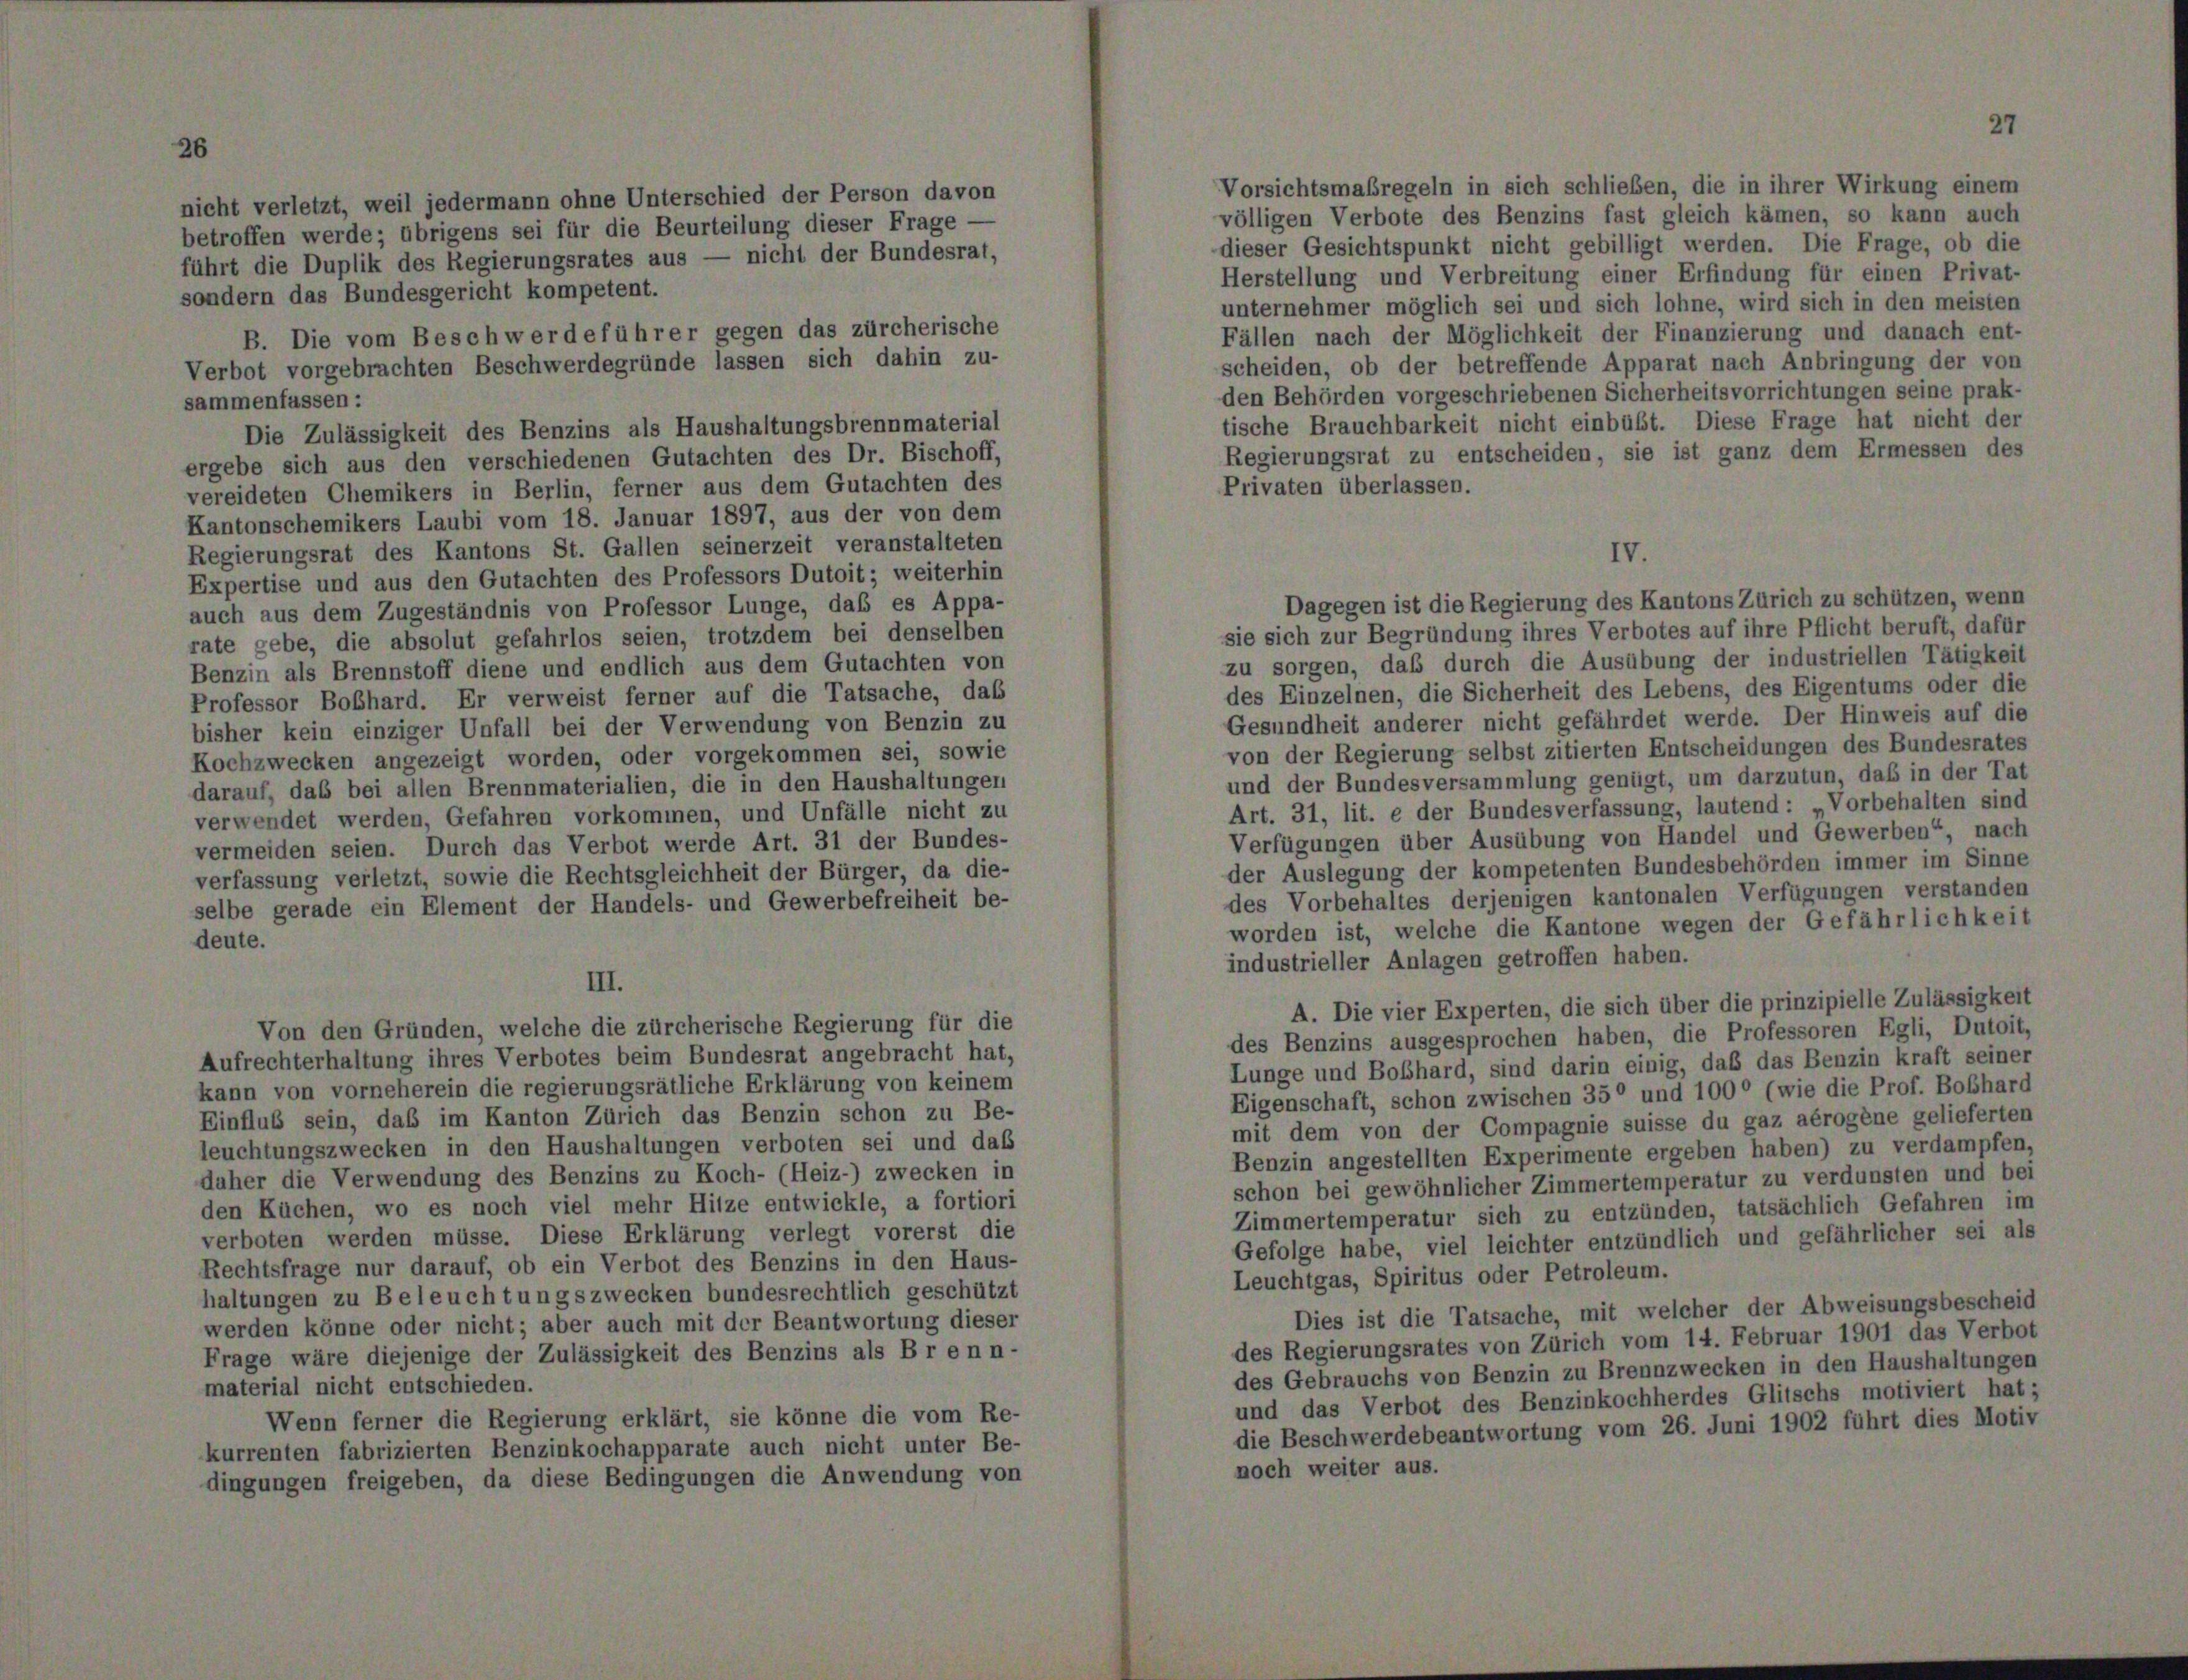
Vorsichtsmaßregeln in sich schließen, die in ihrer
völligen Verbote des Benzins fast gleich kämen,
dieser Gesichtspunkt nicht gebilligt werden. Die
Herstellung und Verbreitung einer Erfindung für
unternehmer möglich sei und sich lohne, wird sich
Fällen nach der Möglichkeit der Finanzierung und e
scheiden, ob der betreffende Apparat nach Anbri
den Behörden vorgeschriebenen Sicherheitsvorrichtung
tische Brauchbarkeit nicht einbüßt. Diese Frage
Regierungsrat zu entscheiden, sie ist ganz dem
Privaten überlassen.

d der Person dav
dieser Frage
l der Bundes,

an ohne Unter
ens sei für die Beurteil,

18

werde; übri
uplik des

legierungsrates aus — 1

ie

1

idesgericht kompetent.
n Beschwerdeführer gegen das zürcherist
ichten Beschwerdegründe lassen sich da

sammenfassen:
Die Zulässigkeit des Benzins als Haushaltungsbrennmaterial
ergebe sich aus den verschiedenen Gutachten des Dr. Bischoff,
vereideten Chemikers in Berlin, ferner aus dem Gutachten des
Kantonschemikers Laubi vom 18. Januar 1897, aus der von dem
Regierungsrat des Kantons St. Gallen seinerzeit veranstalteten
Expertise und aus den Gutachten des Professors Dutoit; weiterhin
auch aus dem Zugeständnis von Professor Lunge, daß es Appa-
rate gebe, die absolut gefahrlos seien, trotzdem bei denselben
Benzin als Brennstoff diene und endlich aus dem Gutachten von
Professor Boßhard. Er verweist ferner auf die Tatsache, das
bisher kein einziger Unfall bei der Verwendung von Benzin zu
Kochzwecken angezeigt worden, oder vorgekommen sei, sowie
darauf, das bei allen Brennmaterialien, die in den Haushaltungen
verwendet werden, Gefahren vorkommen, und Unfälle nicht zu
vermeiden seien. Durch das Verbot werde Art. 31 der Bundes-
verfassung verletzt, sowie die Rechtsgleichheit der Bürger, da die-
selbe gerade ein Element der Handels- und Gewerbefreiheit be-

Dagegen ist die Regierung des Kantons Zürich zu schützen, wenn
sie sich zur Begründung ihres Verbotes auf ihre Pflicht beruft, dafür
zu sorgen, daß durch die Ausübung der industriellen Tätigkeit
des Einzelnen, die Sicherheit des Lebens, des Eigentums oder die
Gesundheit anderer nicht gefährdet werde. Der Hinweis auf die
von der Regierung selbst zitierten Entscheidungen des Bundesrates
und der Bundesversammlung genügt, um darzutun, daß in der Tat
Art. 31, lit. e der Bundesverfassung, lautend: „Vorbehalten sind
Verfügungen über Ausübung von Handel und Gewerben“, nach
der Auslegung der kompetenten Bundesbehörden immer im Sinne
des Vorbehaltes derjenigen kantonalen Verfügungen verstanden
worden ist, welche die Kantone wegen der Gefährlichkeit
industrieller Anlagen getroffen haben.

A. Die vier Experten, die sich über die prinzipielle Zuläss
des Benzins ausgesprochen haben, die Professoren Egli, I
Lunge und Boßhard, sind darin einig, daß das Benzin kraft
Eigenschaft, schon zwischen 350 und 1000 (wie die Prof. Be
mit dem von der Compagnie suisse du gaz aérogène geli
Benzin angestellten Experimente ergeben haben) zu verda
schon bei gewöhnlicher Zimmertemperatur zu verdunsten un
Zimmertemperatur sich zu entzünden, tatsächlich Gefahr,
Gefolge habe, viel leichter entzündlich und gefährlicher s
Leuchtgas, Spiritus oder Petroleum.
Dies ist die Tatsache, mit welcher der Abweisungsbe
des Regierungsrates von Zürich vom 14. Februar 1901 das V
des Gebrauchs von Benzin zu Brennzwecken in den Haushal
und das Verbot des Benzinkochherdes Glitschs motivier,
die Beschwerdebeantwortung vom 26. Juni 1902 führt dies
noch weiter aus.

Von den Gründen, welche die zürcherische Regierung für die
Aufrechterhaltung ihres Verbotes beim Bundesrat angebracht hat,
kann von vorneherein die regierungsrätliche Erklärung von keinem
Einfluß sein, daß im Kanton Zürich das Benzin schon zu Be-
leuchtungszwecken in den Haushaltungen verboten sei und daß
daher die Verwendung des Benzins zu Koch- (Heiz-) zwecken in
den Küchen, wo es noch viel mehr Hitze entwickle, a fortiori
verboten werden müsse. Diese Erklärung verlegt vorerst die
Rechtsfrage nur darauf, ob ein Verbot des Benzins in den Haus-
haltungen zu Beleuchtungszwecken bundesrechtlich geschützt
werden könne oder nicht; aber auch mit der Beantwortung dieser
Frage wäre diejenige der Zulässigkeit des Benzins als Brenn-
material nicht entschieden.
Wenn ferner die Regierung erklärt, sie könne die vom Re-
kurrenten fabrizierten Benzinkochapparate auch nicht unter Be-
dingungen freigeben, da diese Bedingungen die Anwendung von